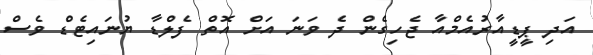
އަދި ޕީޑީއާރުއެމްއާ ޖެހިގެން ދެ ވަނަ އަށް އޮތް ފެލްޑާ ޔުނައިޓެޑް ވެސް